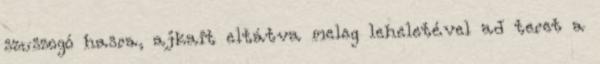
szuszogó hasra, ajkait eltátva meleg leheletével ad teret a